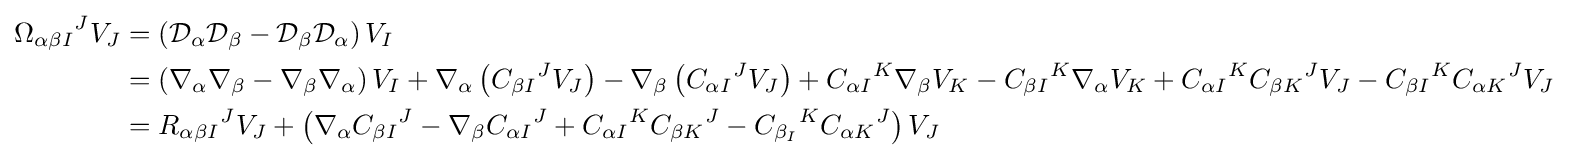
{\begin{aligned}{\Omega _{\alpha \beta I}}^{J}V_{J}&=\left({\mathcal {D}}_{\alpha }{\mathcal {D}}_{\beta }-{\mathcal {D}}_{\beta }{\mathcal {D}}_{\alpha }\right)V_{I}\\&=\left(\nabla _{\alpha }\nabla _{\beta }-\nabla _{\beta }\nabla _{\alpha }\right)V_{I}+\nabla _{\alpha }\left({C_{\beta I}}^{J}V_{J}\right)-\nabla _{\beta }\left({C_{\alpha I}}^{J}V_{J}\right)+{C_{\alpha I}}^{K}\nabla _{\beta }V_{K}-{C_{\beta I}}^{K}\nabla _{\alpha }V_{K}+{C_{\alpha I}}^{K}{C_{\beta K}}^{J}V_{J}-{C_{\beta I}}^{K}{C_{\alpha K}}^{J}V_{J}\\&={R_{\alpha \beta I}}^{J}V_{J}+\left(\nabla _{\alpha }{C_{\beta I}}^{J}-\nabla _{\beta }{C_{\alpha I}}^{J}+{C_{\alpha I}}^{K}{C_{\beta K}}^{J}-{C_{\beta _{I}}}^{K}{C_{\alpha K}}^{J}\right)V_{J}\end{aligned}}